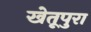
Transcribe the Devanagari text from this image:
खेतूपुरा